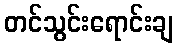
တင်သွင်းရောင်းချ